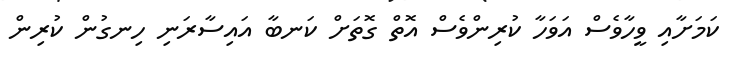
ކަމަށާއި ވީހާވެސް އަވަހާ ކުރިންވެސް އޮތް ގޮތަށް ކަނބާ އައިސާރަނި ހިނގުުން ކުރިން